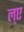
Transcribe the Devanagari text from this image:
ल्ए